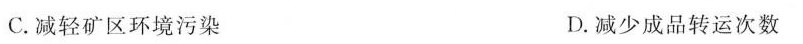
C.减轻矿区环境污染 D.减少成品转运次数